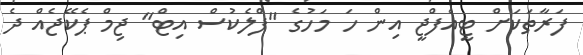
ފަރާތަކަށް ޓީއެފްޖީ އިން ހަ މަހުގެ "ފްލެކުސް އިޓް" ޖިމް ޕެކޭޖެއް ދެ